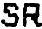
SR